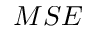
M S E